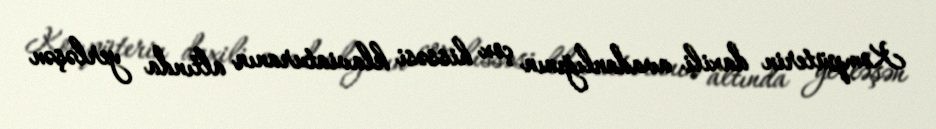
Kompüterin daxili avadanlığının çox hissəsi klaviaturanın altında yerləşən